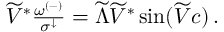
\begin{array} { r } { \widetilde { V } ^ { * } \frac { \omega ^ { ( - ) } } { \sigma ^ { \downarrow } } = \widetilde { \Lambda } \widetilde { V } ^ { * } \sin ( \widetilde { V } c ) \, . } \end{array}